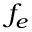
f _ { e }